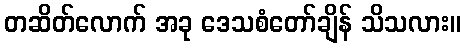
တဆိတ်လောက် အခု ဒေသစံတော်ချိန် သိသလား။